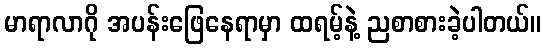
မာရာလာဂို အပန်းဖြေနေရာမှာ ထရမ့်နဲ့ ညစာစားခဲ့ပါတယ်။